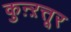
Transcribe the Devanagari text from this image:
कुऩ्ऱत्तूर